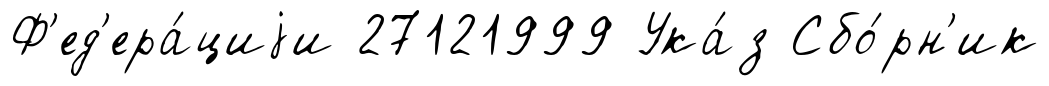
Ф'ед'ера́циjи 27121999 Ука́з Сбо́рн'ик